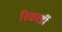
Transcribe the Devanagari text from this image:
रिकार्डी